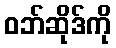
ဝဘ်ဆိုဒ်ကို